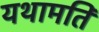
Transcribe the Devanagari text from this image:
यथामति